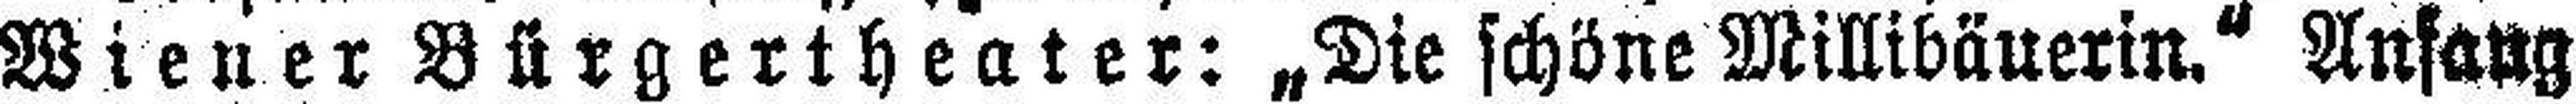
Wiener Bürgertheater: „Die schöne Millibäuerin.“ Anfang